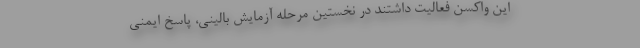
این واکسن فعالیت داشتند در نخستین مرحله آزمایش بالینی، پاسخ ایمنی